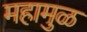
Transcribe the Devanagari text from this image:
महामुळ